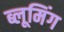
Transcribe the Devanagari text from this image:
ब्लूमिंग